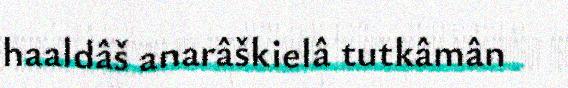
haaldâš anarâškielâ tutkâmân